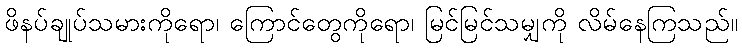
ဖိနပ်ချုပ်သမားကိုရော၊ ကြောင်တွေကိုရော၊ မြင်မြင်သမျှကို လိမ်နေကြသည်။